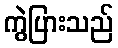
ကွဲပြားသည်